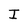
Character: I